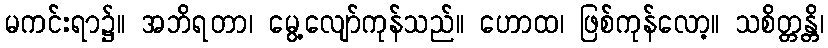
မကင်းရာ၌။ အဘိရတာ၊ မွေ့လျော်ကုန်သည်။ ဟောထ၊ ဖြစ်ကုန်လော့။ သစိတ္တန္တိ၊